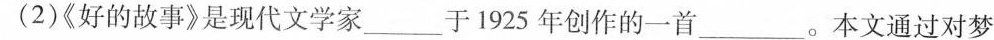
(2)《好的故事》是现代文学家___于1925年创作的一首___。本文通过对梦